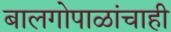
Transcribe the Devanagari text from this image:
बालगोपाळांचाही